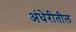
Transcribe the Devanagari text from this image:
अंधेरीतील